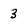
Character: 3